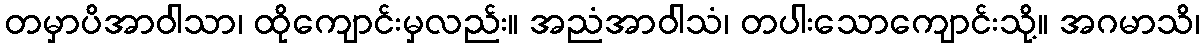
တမှာပိအာဝါသာ၊ ထိုကျောင်းမှလည်း။ အညံအာဝါသံ၊ တပါးသောကျောင်းသို့။ အဂမာသိ၊